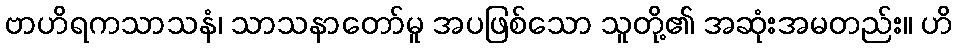
ဗာဟိရကသာသနံ၊ သာသနာတော်မူ အပဖြစ်သော သူတို့၏ အဆုံးအမတည်း။ ဟိ